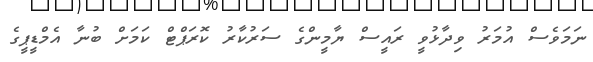
ނަމަވެސް އުމަރު ވިދާޅުވީ ރައީސް ޔާމީންގެ ސަރުކާރު ކޮރަޕްޓް ކަމަށް ބުނާ އެމްޑީޕީގެ